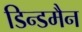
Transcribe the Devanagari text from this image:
डिन्डमैन